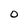
Character: O